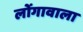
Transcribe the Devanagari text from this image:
लोंगावाला